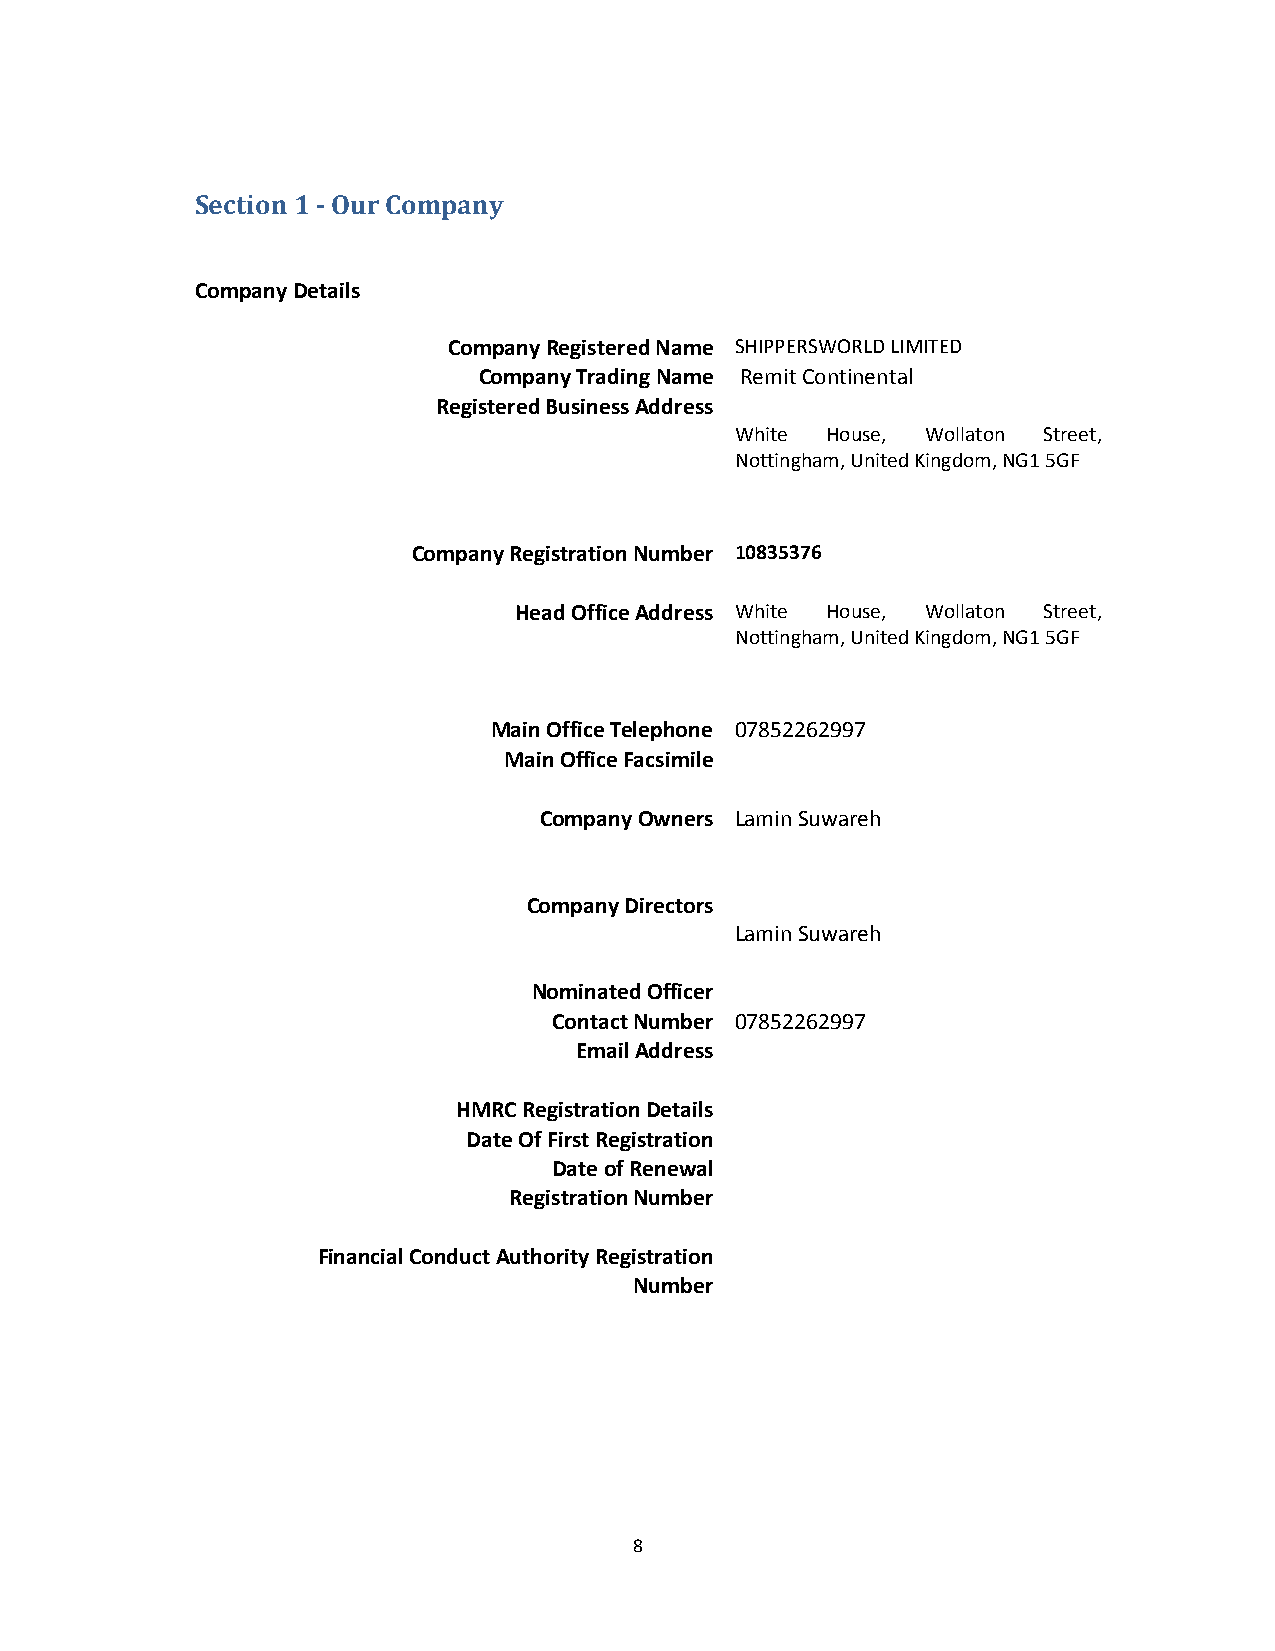
Section 1 ‐ Our Company
 Company Details
 Company Registered Name SHIPPERSWORLD LIMITED
 Company Trading Name Remit Continental
 Registered Business Address
 White House, Wollaton Street,
 Nottingham, United Kingdom, NG1 5GF
 Company Registration Number 10835376
 Head Office Address White House, Wollaton Street,
 Nottingham, United Kingdom, NG1 5GF
 Main Office Telephone 07852262997
 Main Office Facsimile
 Company Owners Lamin Suwareh
 Company Directors
 Lamin Suwareh
 Nominated Officer
 Contact Number 07852262997
 Email Address
 HMRC Registration Details
 Date Of First Registration
 Date of Renewal
 Registration Number
 Financial Conduct Authority Registration
 Number
 8